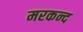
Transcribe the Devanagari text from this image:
मरकन्द